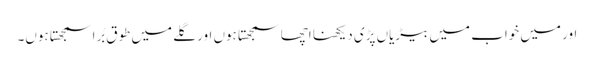
اور میں خواب میں بیڑیاں پڑی دیکھنا اچھا سمجھتا ہوں اور گلے میں طوق بُرا سمجھتا ہوں۔